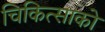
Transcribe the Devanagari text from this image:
चिकित्‍साको